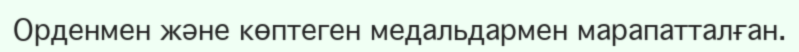
Орденмен және көптеген медальдармен марапатталған.